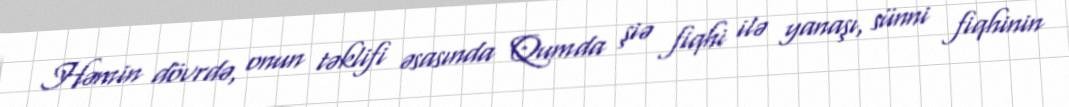
Həmin dövrdə, onun təklifi əsasında Qumda şiə fiqhi ilə yanaşı, sünni fiqhinin